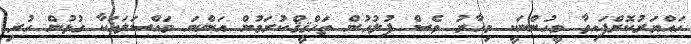
ހައްޔަރުކޮށްފައިވާ މީހުންނަކީ މިހާރު ވެސް ފުލުހުން ތަހްޤީޤްކުރަމުން އަންނަ މައްސަލައަކާ ގުޅުން ހުރި